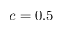
c = 0 . 5